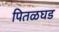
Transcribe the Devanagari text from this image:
पितळघड